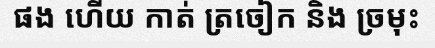
ផង ហើយ កាត់ ត្រចៀក និង ច្រមុះ